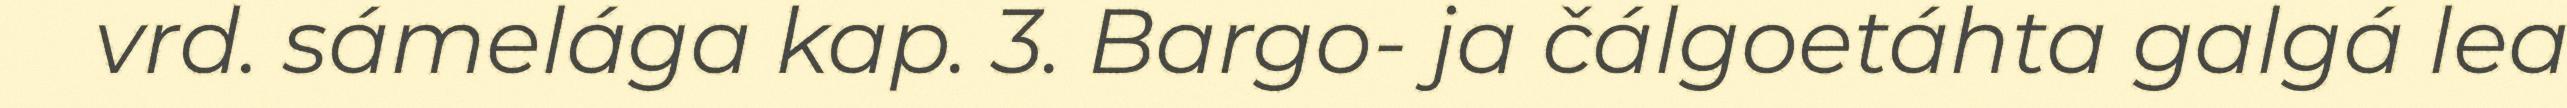
vrd. sámelága kap. 3. Bargo- ja čálgoetáhta galgá lea